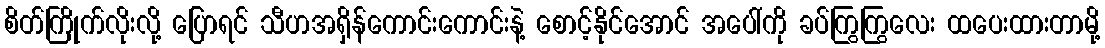
စိတ်ကြိုက်လိုးလို့ ပြောရင် သီဟအရှိန်ကောင်းကောင်းနဲ့ စောင့်နိုင်အောင် အပေါ်ကို ခပ်ကြွကြွလေး ထပေးထားတာမို့